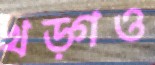
খড়্গও